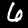
Digit: 6